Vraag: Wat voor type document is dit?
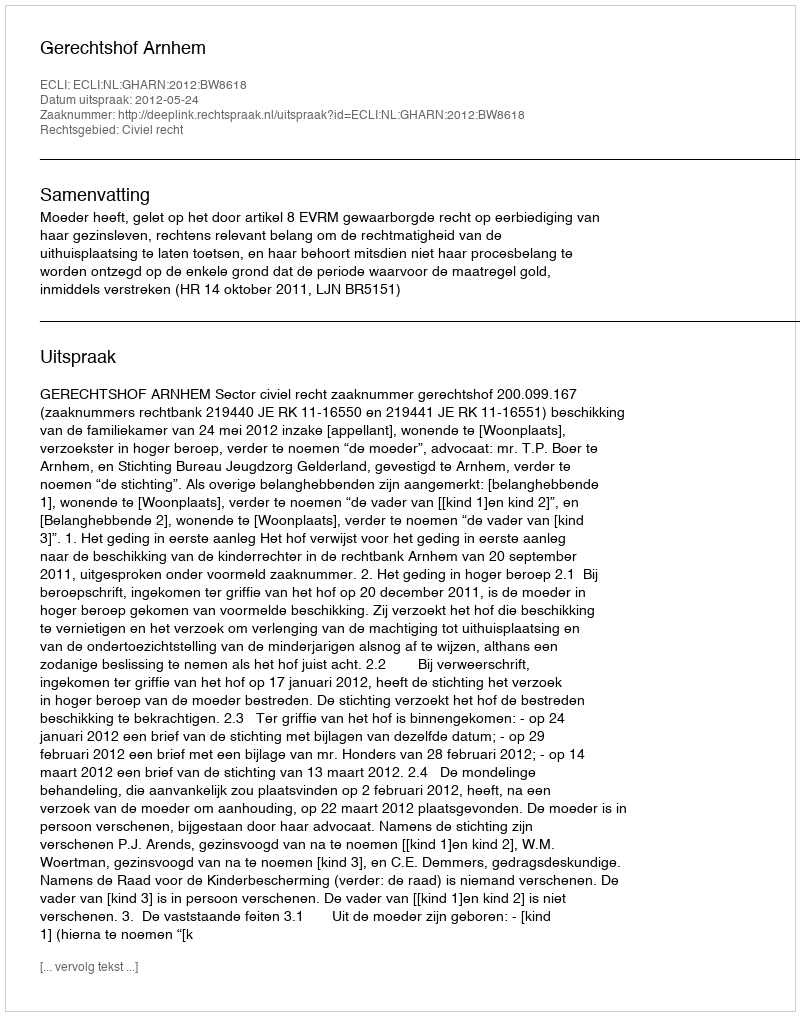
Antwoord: Uitspraak